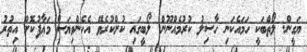
ޔަގީން. ލޯތްބަކީ ހަމައެކަނި ހާސިލު ކުރުމެއްނޫން. ލޯބީގައި ކުށްކުރެވޭ އެހެންވިޔަސް މަޢާފުކޮށް އިތުރު